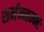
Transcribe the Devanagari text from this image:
शर्मन्नम्भः